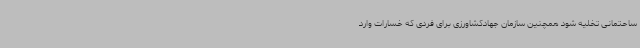
ساحتمانی تخلیه شود همچنین سازمان جهادکشاورزی برای فردی که خسارات وارد